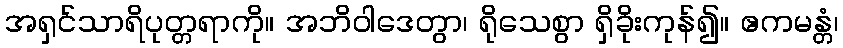
အရှင်သာရိပုတ္တရာကို။ အဘိဝါဒေတွာ၊ ရိုသေစွာ ရှိခိုးကုန်၍။ ဧကမန္တံ၊